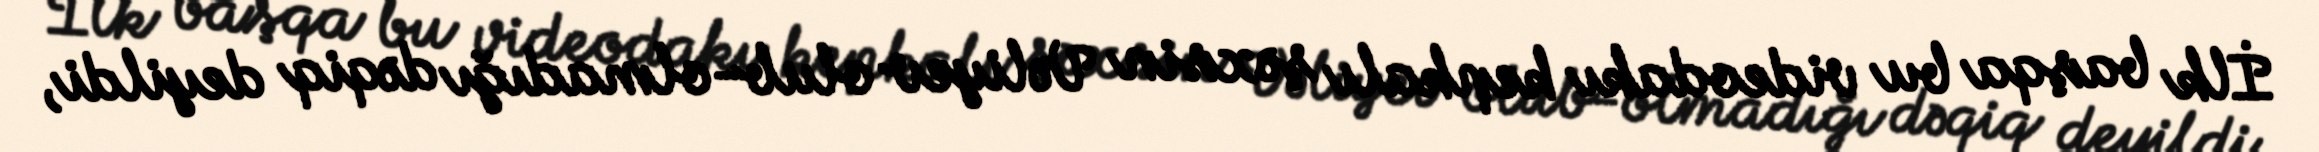
İlk başqa bu videodakı kepkalı şəxsin Vəliyev olub-olmadığı dəqiq deyildi,